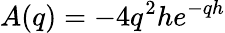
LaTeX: A(q)=-4q^{2}he^{-qh}